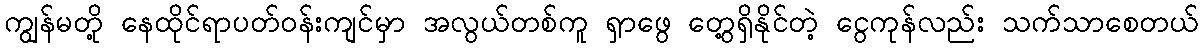
ကျွန်မတို့ နေထိုင်ရာပတ်ဝန်းကျင်မှာ အလွယ်တစ်ကူ ရှာဖွေ တွေ့ရှိနိုင်တဲ့ ငွေကုန်လည်း သက်သာစေတယ်